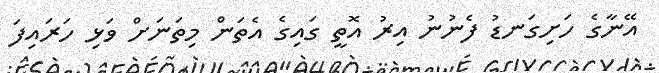
އޭނާގެ ހަށިގަނޑު ފެނުނު އިރު އޮތީ ގައިގެ އެތަން މިތަނަށް ވަޅި ހަރައިފަ